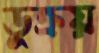
ডুক্‌রয়